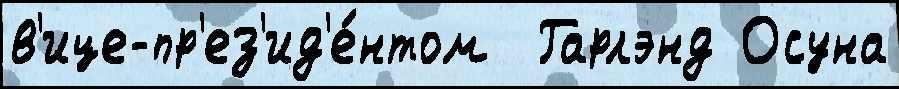
в'ице-пр'ез'ид'е́нтом  Гарлэнд Осуна